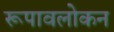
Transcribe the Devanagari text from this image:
रूपावलोकन